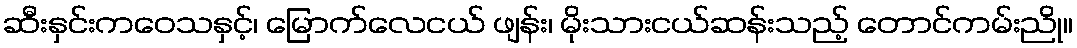
ဆီးနှင်းကဝေသနှင့်၊ မြောက်လေငယ် ဖျန်း၊ မိုးသားငယ်ဆန်းသည့် တောင်ကမ်းညို။